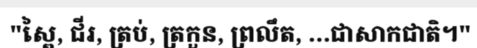
"ស្ពៃ, ជីរ, ត្រប់, ត្រកួន, ព្រលឹត, ...ជាសាកជាតិ។"